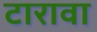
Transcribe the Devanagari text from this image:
टारावा